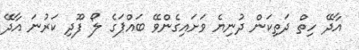
އާދޭ ހިތް ދަތިކަން ދުނިޔެ ވަށައިގެންވޭ ބައްޕަގެ ލޯ ފޫދި ކަރުނަ އާދޭ